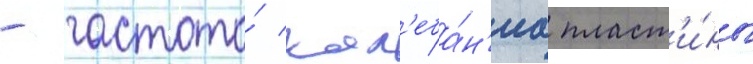
- частота́ кол'еба́н'иа пласт'и́ны